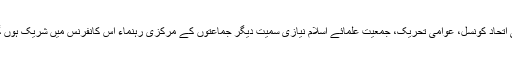
سنی اتحاد کونسل، عوامی تحریک، جمعیت علمائے اسلام نیازی سمیت دیگر جماعتوں کے مرکزی رہنماء اس کانفرنس میں شریک ہوں گے۔